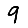
Digit: 9